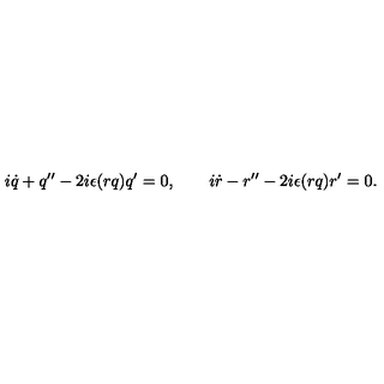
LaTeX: i \dot { q } + q ^ { \prime \prime } - 2 i \epsilon ( r q ) q ^ { \prime } = 0 , \qquad i \dot { r } - r ^ { \prime \prime } - 2 i \epsilon ( r q ) r ^ { \prime } = 0 .